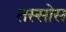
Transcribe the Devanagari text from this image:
तस्सोस